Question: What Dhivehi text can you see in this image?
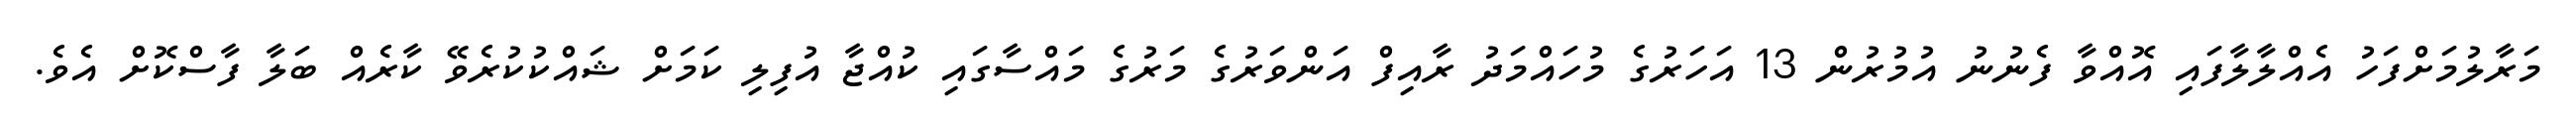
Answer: މަރާލުމަށްފަހު އެއްލާލާފައި އޮއްވާ ފެނުނު އުމުރުން 13 އަހަރުގެ މުހައްމަދު ރާއިފް އަންވަރުގެ މަރުގެ މައްސާގައި ކުއްޖާ އުފިލި ކަމަށް ޝައްކުކުރެވޭ ކާރެއް ބަލާ ފާސްކޮށް އެވެ.